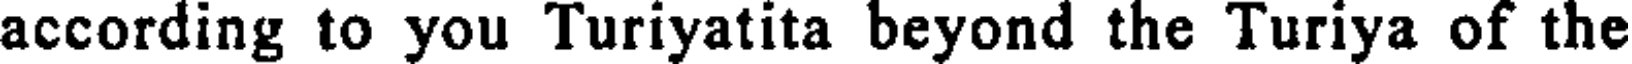
according to you Turiyatita beyond the Turiya of the